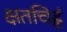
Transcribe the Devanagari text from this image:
क्षतचिह्नं